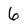
Character: 6